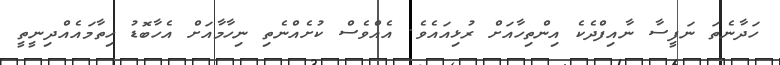
ހަދާނެތަ ނަފީސާ ނާއިފްދެކެ އިންތިހާއަށް ރުޅިއައެވެ. އެއްވެސް ކުށެއްނެތި ނިހާމާއަށް އެހާބޮޑު ހިތާމައެއްދިނީތީ